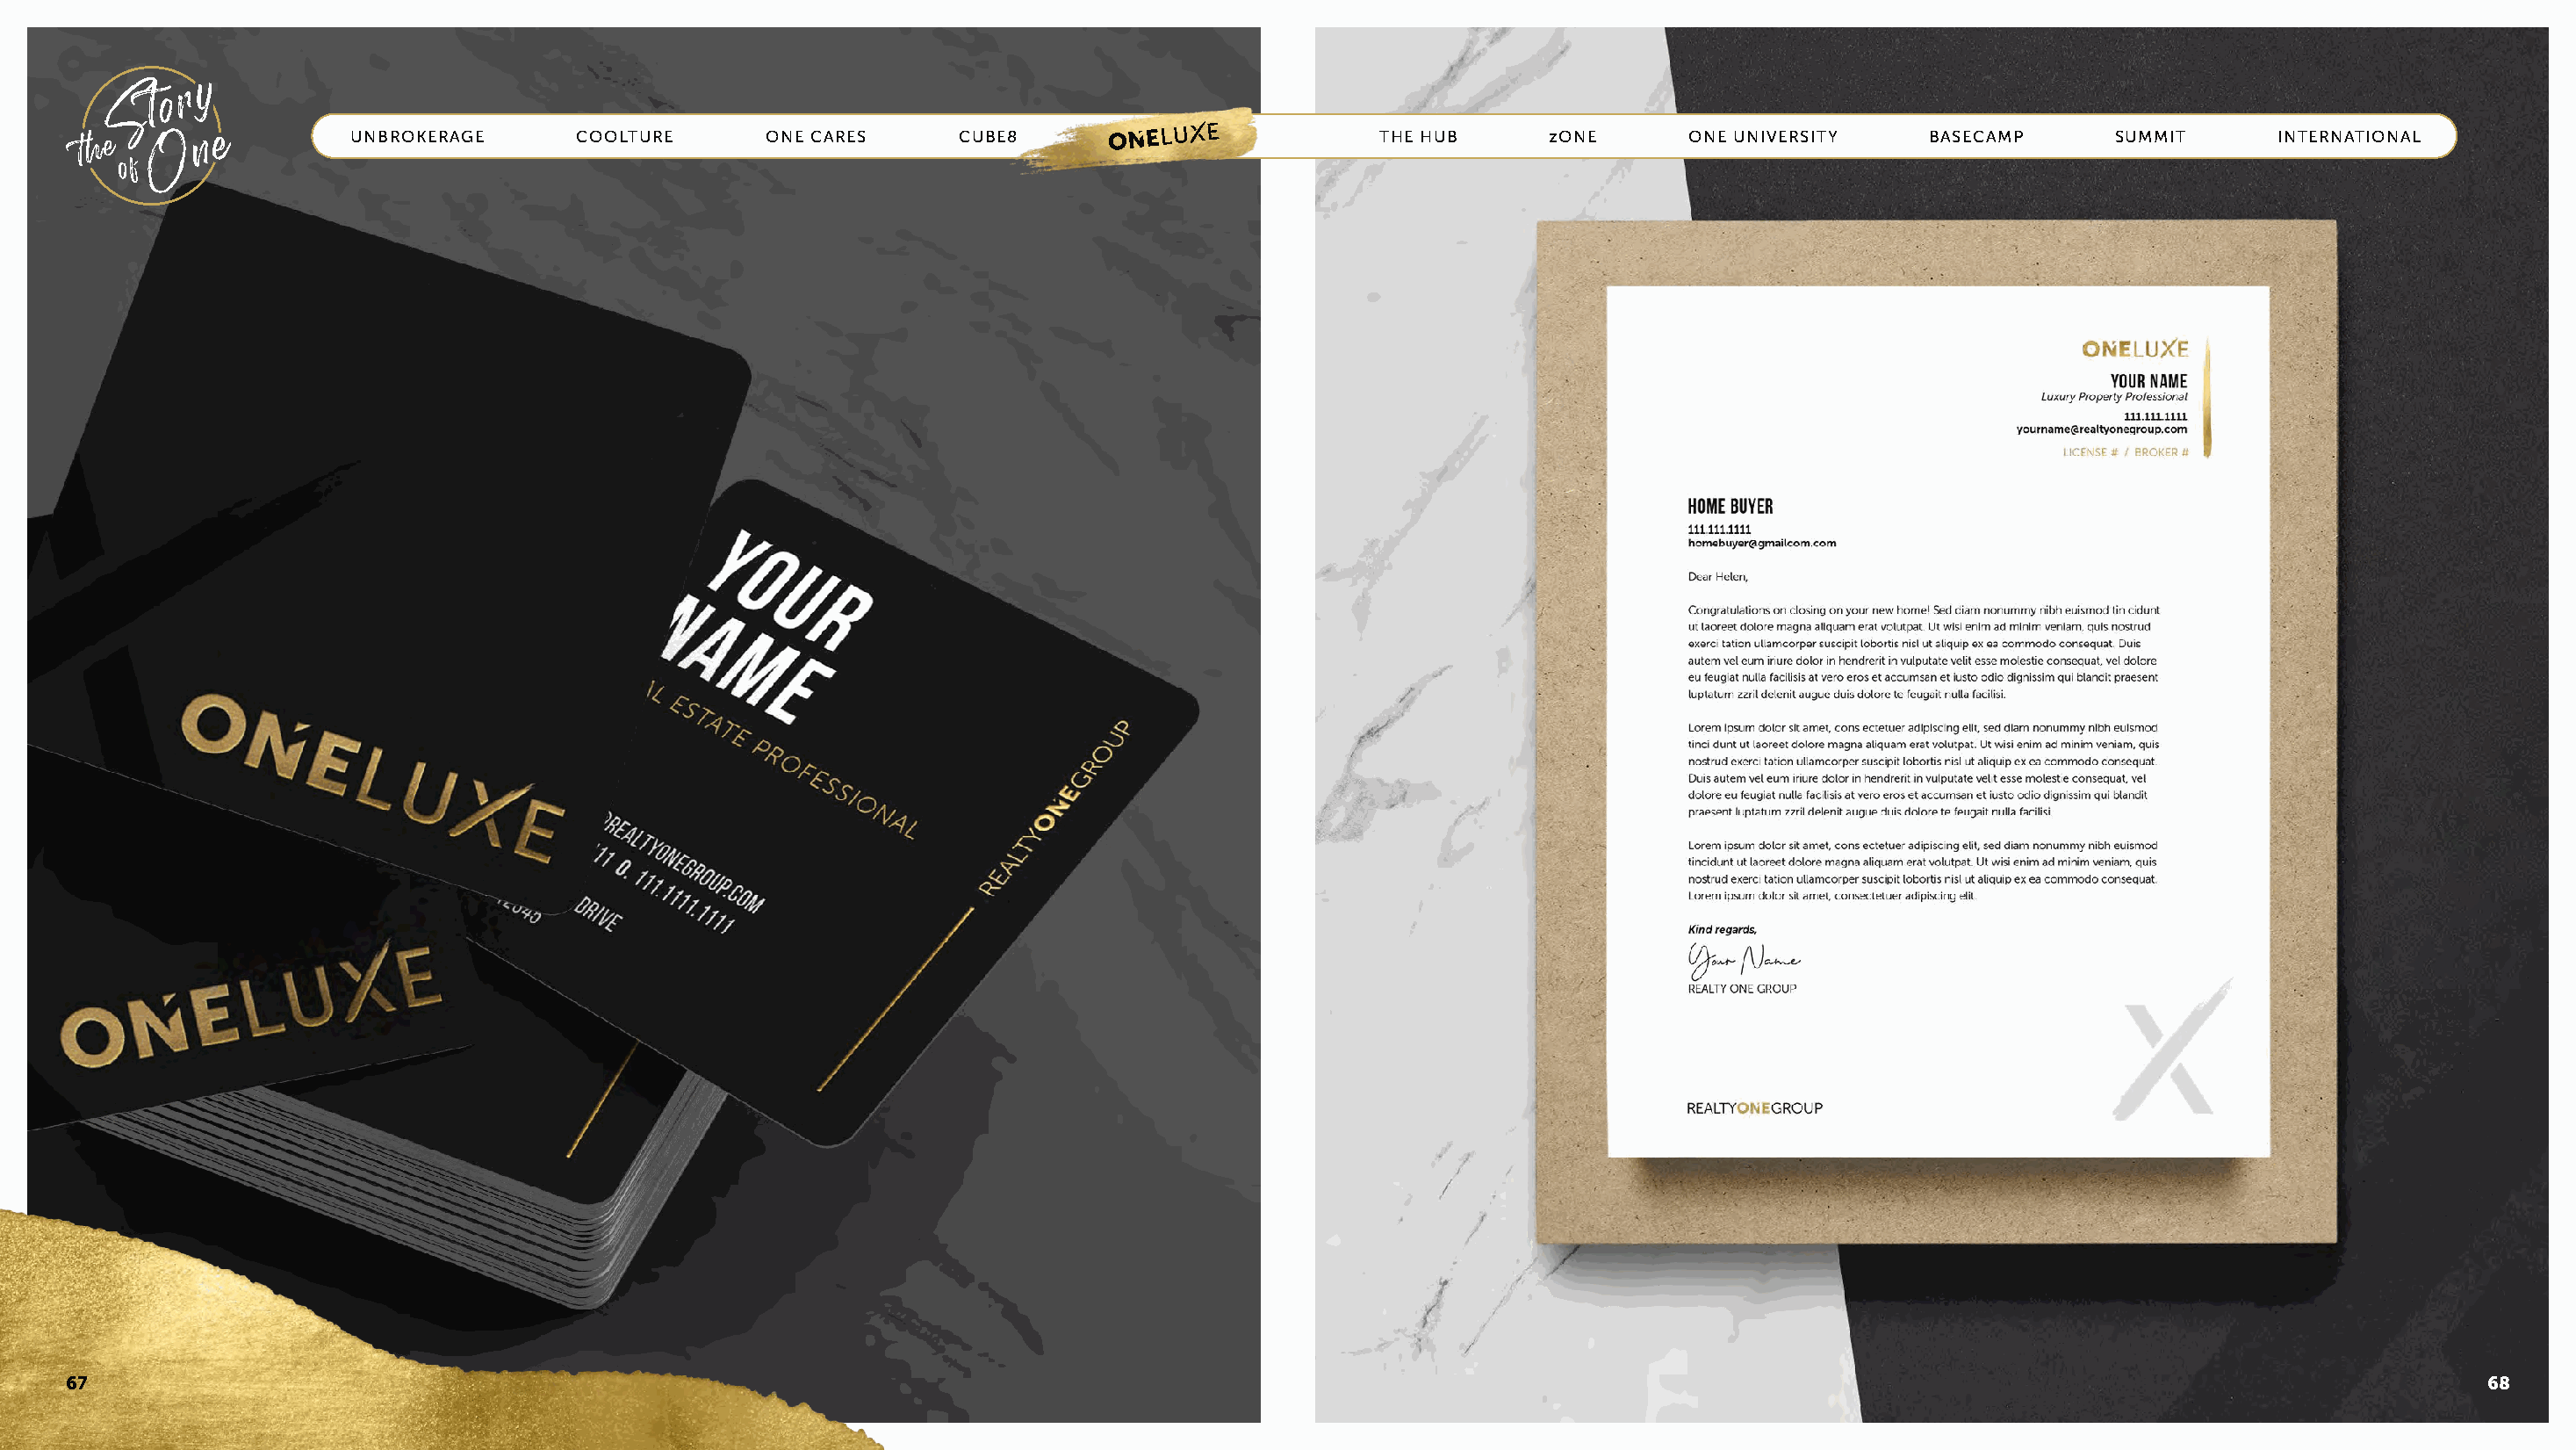
UNBROKERAGE      COOLTURE       ONE CARES     CUBE8       ONE LUXE            THE HUB      zONE      ONE UNIVERSITY    BASECAMP       SUMMIT      INTERNATIONAL
 67                                                                                                                                                                                     68